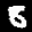
Label: 8